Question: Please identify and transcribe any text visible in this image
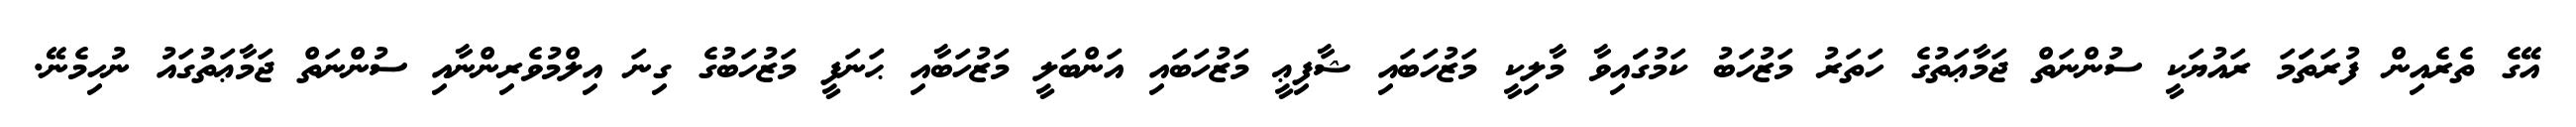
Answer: އޭގެ ތެރެއިން ފުރަތަަމަ ރައުޔަކީ ސުންނަތް ޖަމާޢަތުގެ ހަތަރު މަޒުހަބު ކަމުގަައިވާ މާލިކީ މަޒުހަބައި ޝާފިޢީ މަޒުހަބައި އަންބަލީ މަޒުހަބާއި ޙަނަފީ މަޒުހަބުގެ ގިނަ އިލްމުވެރިންނާއި ސުންނަތް ޖަމާޢަތުގައު ނުހިމެނޭ.